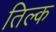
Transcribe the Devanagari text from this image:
तिल्क